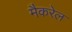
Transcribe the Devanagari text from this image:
मैकरेल